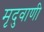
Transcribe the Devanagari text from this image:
मृदुवाणी